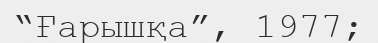
“Ғарышқа”, 1977;